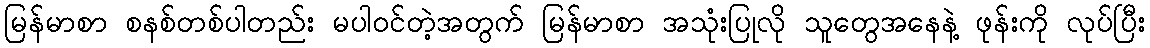
မြန်မာစာ စနစ်တစ်ပါတည်း မပါဝင်တဲ့အတွက် မြန်မာစာ အသုံးပြုလို သူတွေအနေနဲ့ ဖုန်းကို လုပ်ပြီး